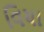
વિચા